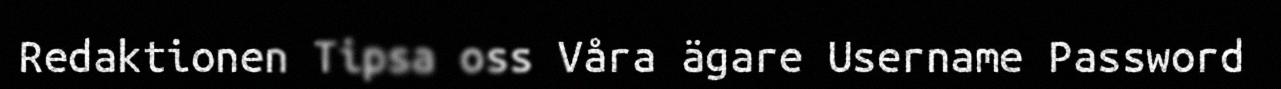
Redaktionen Tipsa oss Våra ägare Username Password